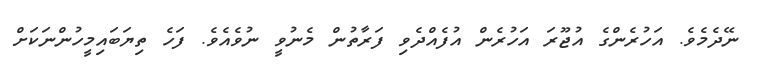
ނޭދެމެވެ. އަހުރެންގެ އުޖޫރަ އަހުރެން އުފެއްދެވި ފަރާތުން މެނުވީ ނުވެއެވެ. ފަހެ ތިޔަބައިމީހުންނަކަށް